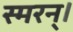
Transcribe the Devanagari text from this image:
स्मरन्‌।